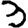
Digit: 3